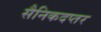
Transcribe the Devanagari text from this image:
सैनिकदप्तर